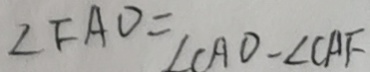
\angle F A O = \angle C A O - \angle C A F